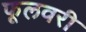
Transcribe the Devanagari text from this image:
फूलवरी